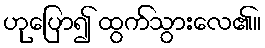
ဟုပြော၍ ထွက်သွားလေ၏။